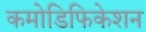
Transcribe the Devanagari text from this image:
कमोडिफिकेशन